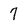
Character: 7